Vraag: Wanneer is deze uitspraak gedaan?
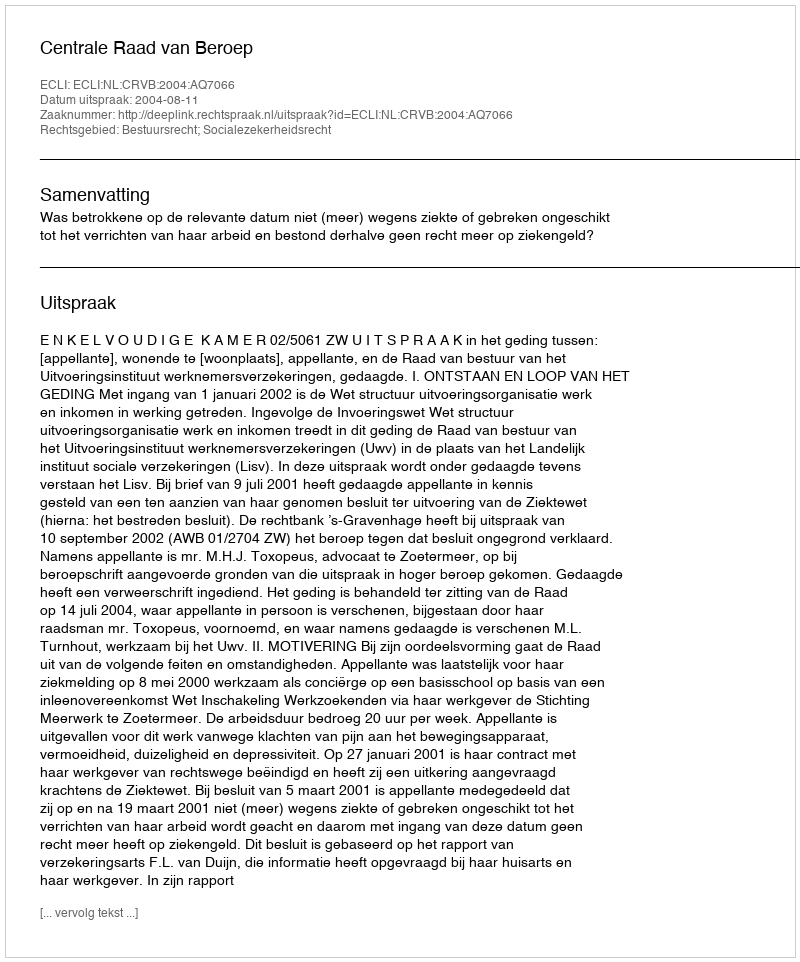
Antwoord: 2004-08-11